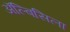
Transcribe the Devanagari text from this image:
ॲल्बिसिला